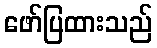
ဖော်ပြထားသည်